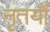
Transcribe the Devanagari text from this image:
नृतयों